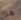
هذا